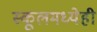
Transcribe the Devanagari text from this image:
स्कूलमध्येही